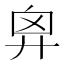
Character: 𢍄